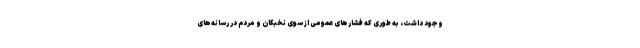
وجود داشت، به طوری که فشارهای عمومی از سوی نخبگان و مردم در رسانه‌های